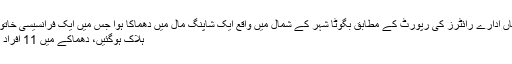
برطانوی خبر رساں ادارے رائٹرز کی رپورٹ کے مطابق بگوٹا شہر کے شمال میں واقع ایک شاپنگ مال میں دھماکا ہوا جس میں ایک فرانسیسی خاتون سمیت3 خواتین
ہلاک ہوگئیں، دھماکے میں 11 افراد زخمی بھی ہوئے۔